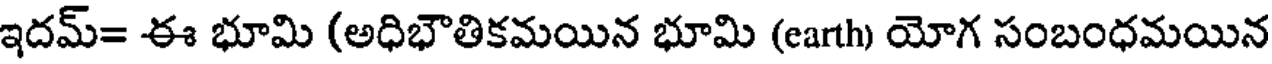
ఇదమ్= ఈ భూమి (అధిభౌతికమయిన భూమి (earth) యోగ సంబంధమయిన